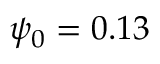
\psi _ { 0 } = 0 . 1 3